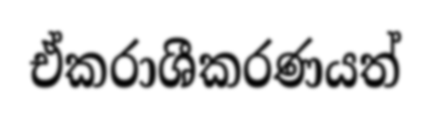
ඒකරාශීකරණයත්